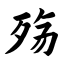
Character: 殇